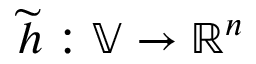
\widetilde { h } : \mathbb { V } \to \mathbb { R } ^ { n }